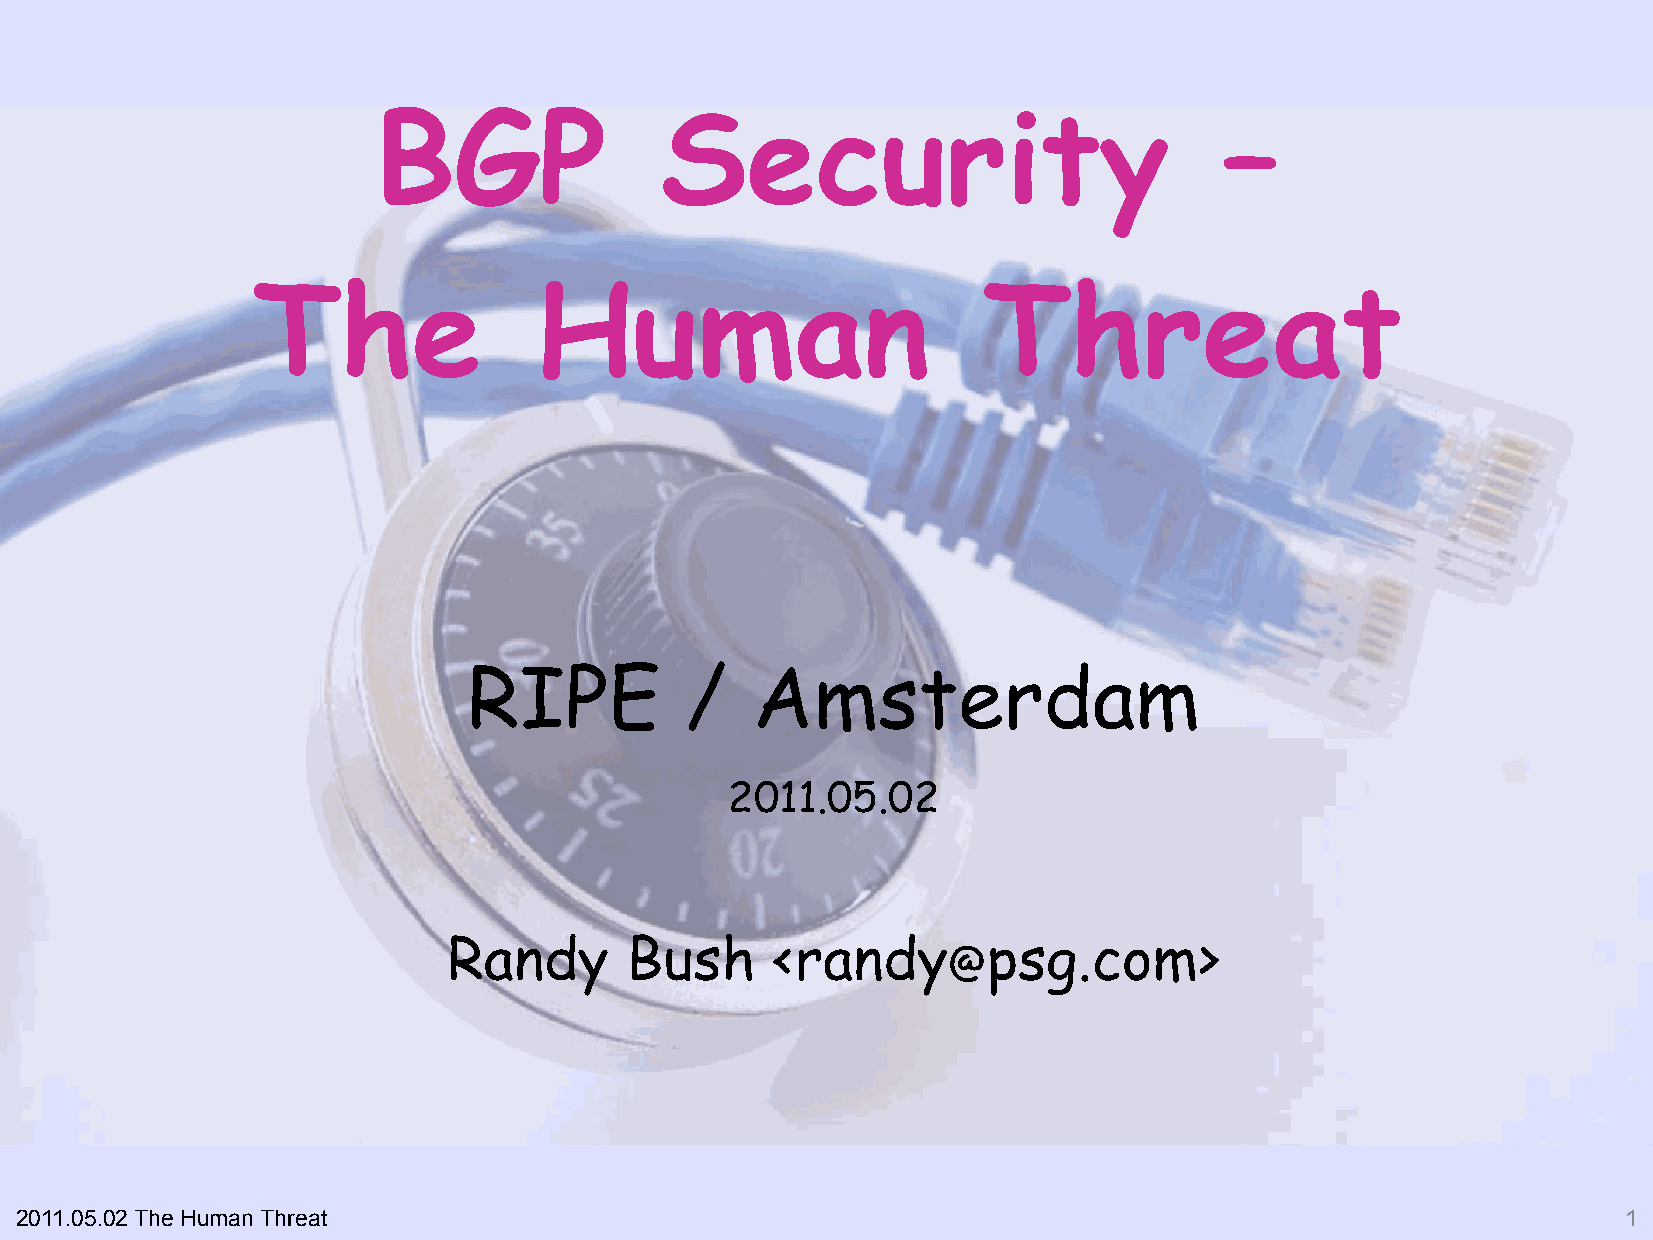
BGP                Security                             –
 The               Human                         Threat
 RIPE          /    Amsterdam
 2011.05.02
 Randy      Bush      <randy        psg.com>
 @
 2011.05.02 The Human Threat                                                                                1